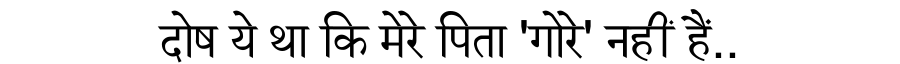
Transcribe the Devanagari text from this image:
दोष ये था कि मेरे पिता 'गोरे' नहीं हैं..